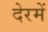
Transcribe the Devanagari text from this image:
देरमें